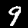
Digit: 9